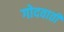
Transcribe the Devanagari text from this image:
गोदवाती